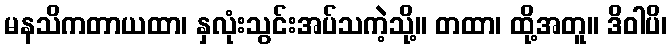
မနသိကတာယထာ၊ နှလုံးသွင်းအပ်သကဲ့သို့။ တထာ၊ ထို့အတူ။ ဒိဝါပိ၊